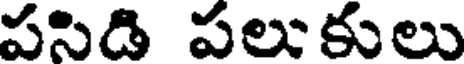
పసిడి పలుకులు